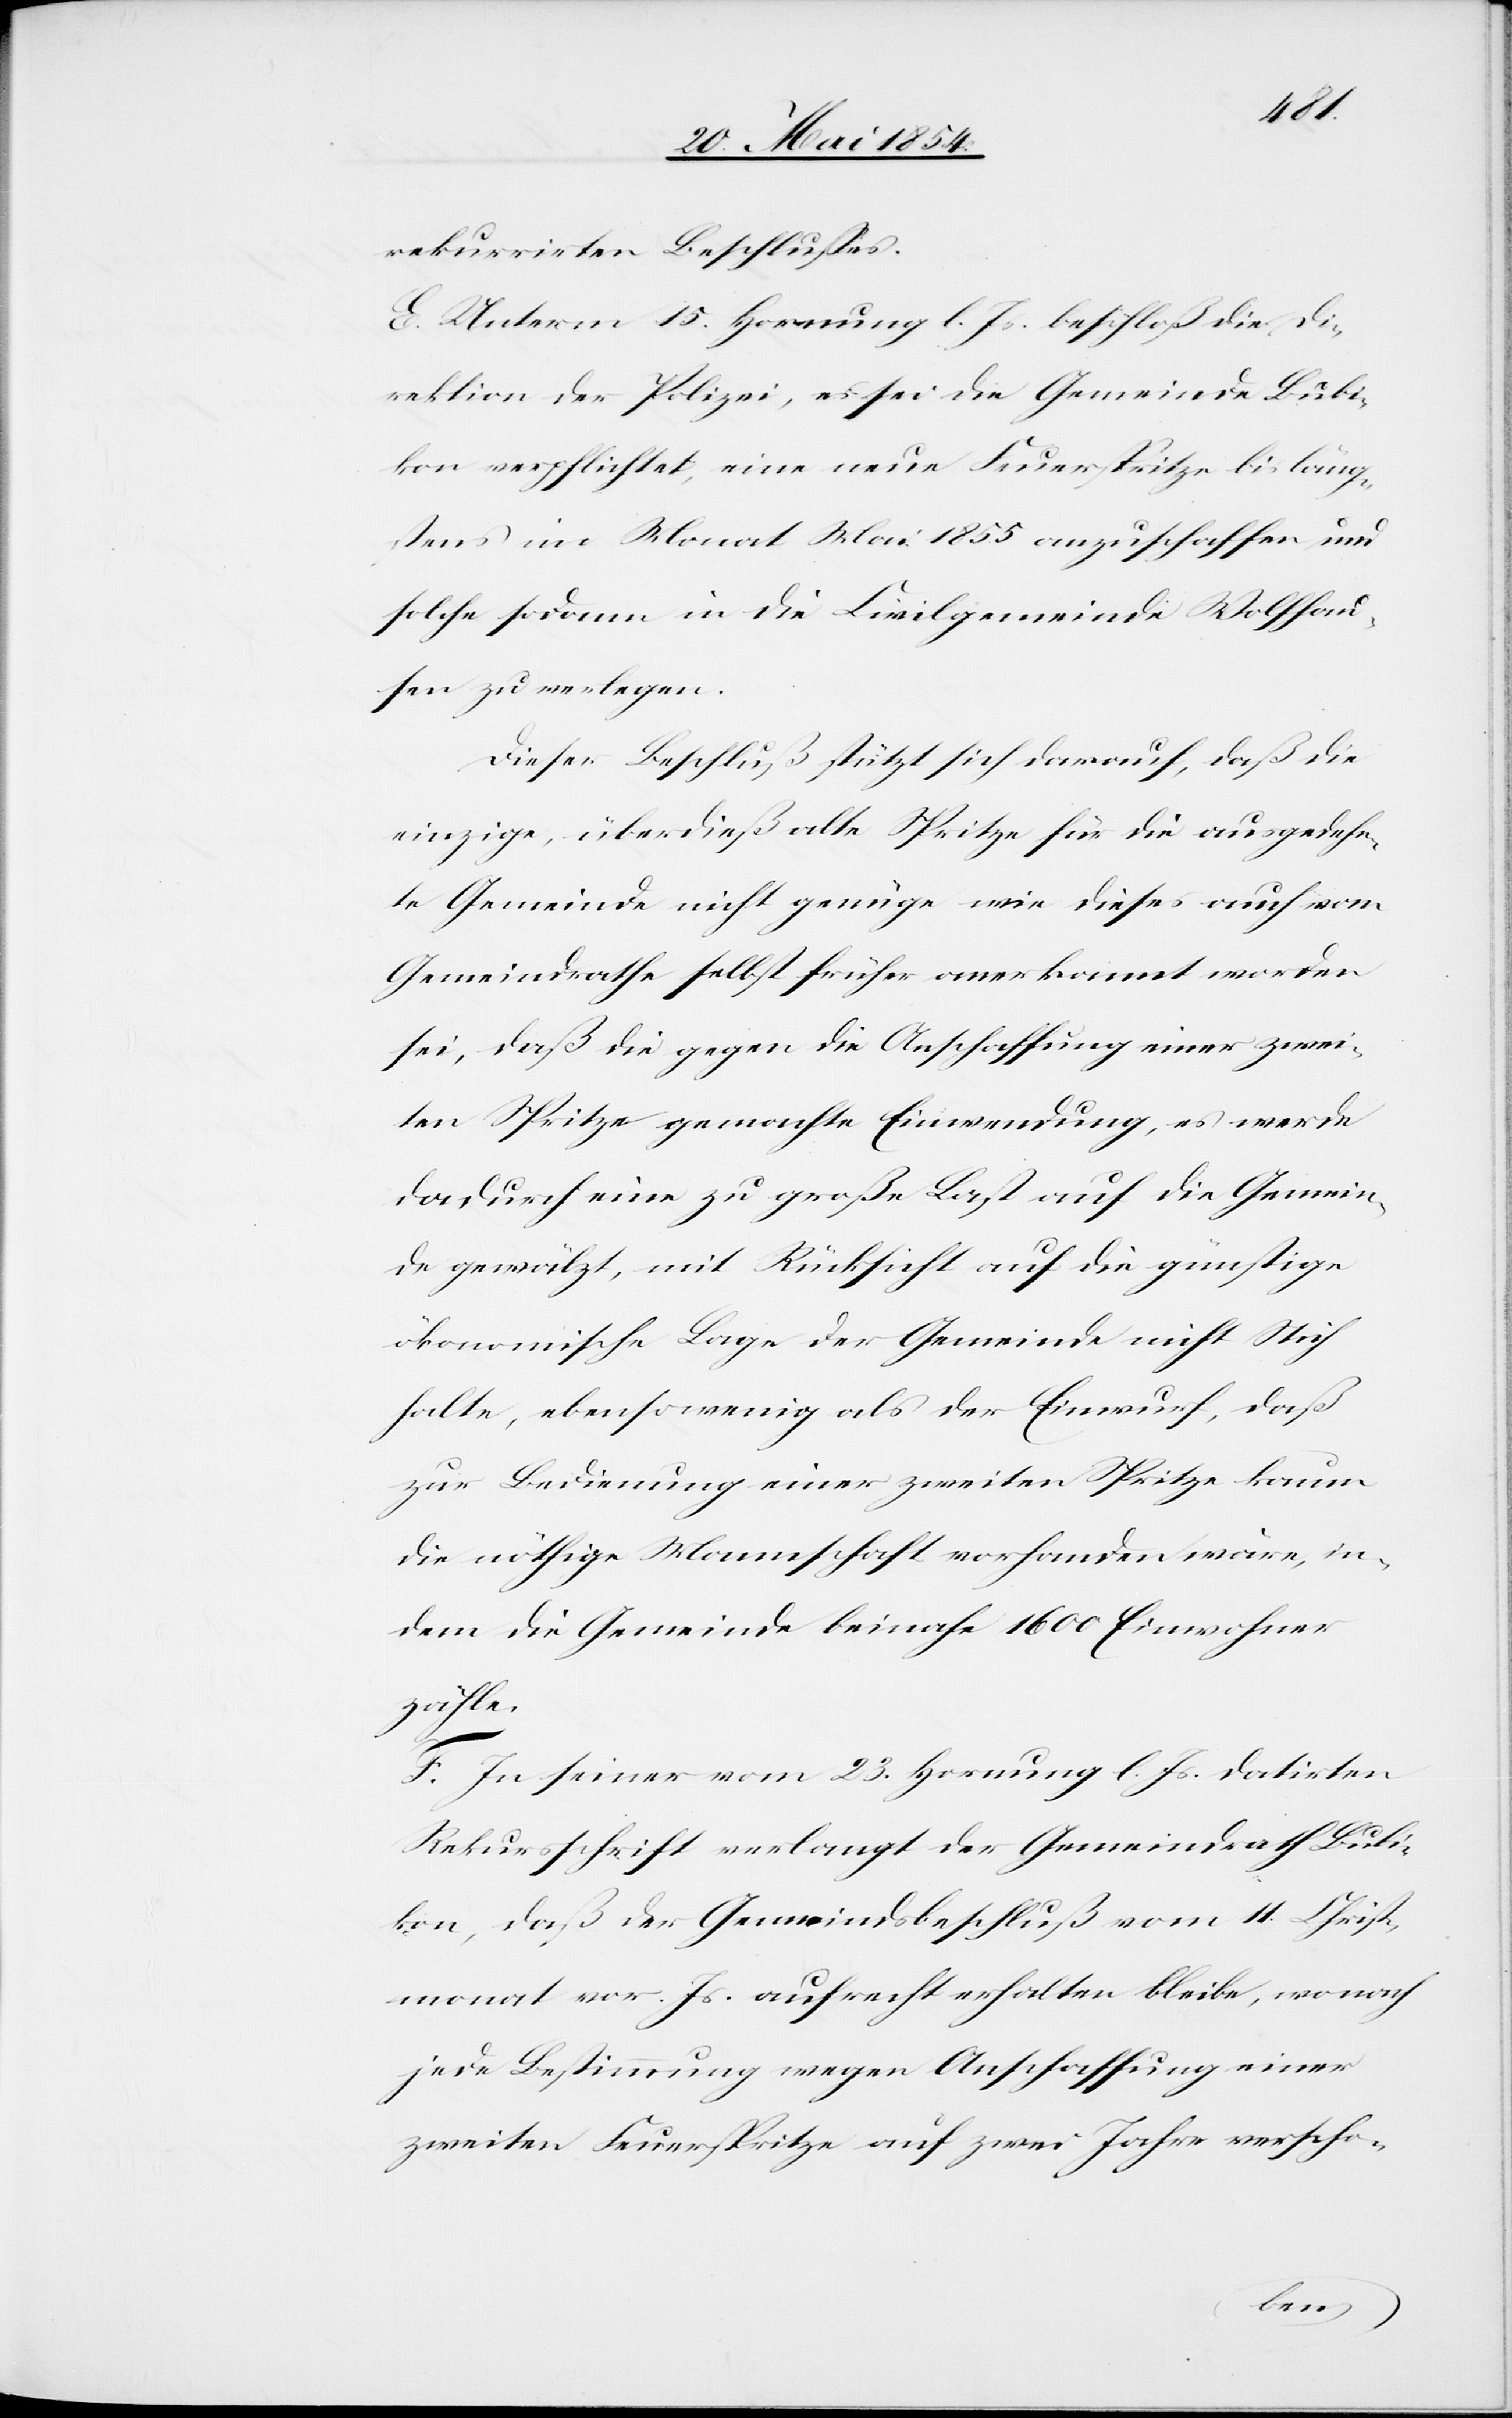
rekurrirten Beschlußes.
E. Unterm 15. Hornung l. Js. beschloß die Di¬
rektion der Polizei, es sei die Gemeinde Bubi¬
kon verpflichtet, eine neue Feuerspritze bis läng¬
stens im Monat Mai 1855 anzuschaffen und
solche sodann in die Civilgemeinde Wolfhau¬
sen zu verlegen.
Dieser Beschluß stützt sich darauf, daß die
einzige, überdieß alte Spritze für die ausgedehn¬
te Gemeinde nicht genüge wie dieses auch vom
Gemeindrathe selbst früher anerkannt worden
sei, daß die gegen die Anschaffung einer zwei¬
ten Spritze gemachte Einwendung, es werde
dadurch eine zu große Last auf die Gemein¬
de gewälzt, mit Rücksicht auf die günstige
ökonomische Lage der Gemeinde nicht Stich
halte, ebensowenig als der Einwurf, daß
zur Bedienung einer zweiten Spritze kaum
die nöthige Mannschaft vorhanden wäre, in¬
dem die Gemeinde beinahe 1600 Einwohner
zähle.
F. In seiner vom 23. Hornung l. Js. datirten
Rekursschrift verlangt der Gemeindrath Bubi¬
kon, daß der Gemeindsbeschluß vom 11. Christ¬
monat vor. Js. aufrecht erhalten bleibe, wonach
jede Bestimmung wegen Anschaffung einer
zweiten Feuerspritze auf zwei Jahre verscho-